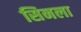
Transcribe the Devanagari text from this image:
सिनला